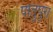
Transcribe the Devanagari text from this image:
पातुपुरा